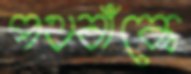
পথবাঁকে